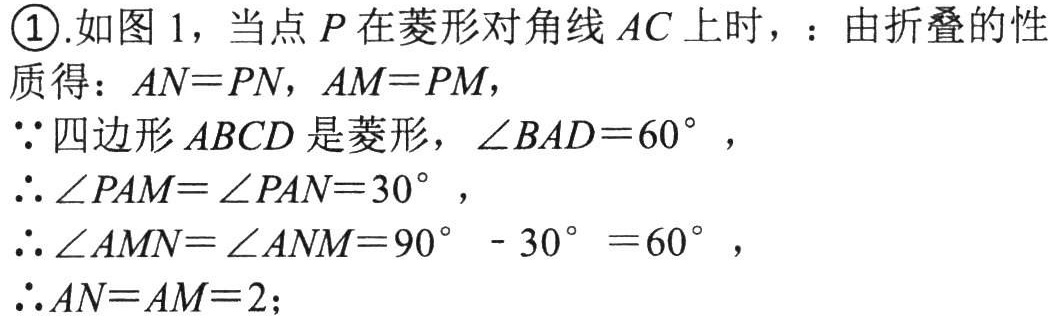
\textcircled{1}.如图 1，当点 \(P\) 在菱形对角线 \(AC\) 上时，：由折叠的性质得：\(AN = PN\)，\(AM = PM\)，
\(\because\)四边形 \(ABCD\) 是菱形，\(\angle BAD = 60^{\circ}\)，
\(\therefore\angle PAM=\angle PAN = 30^{\circ}\)，
\(\therefore\angle AMN=\angle ANM = 90^{\circ}-30^{\circ}=60^{\circ}\)，
\(\therefore AN = AM = 2\)；